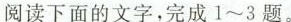
阅读下面的文字，完成1~3题。